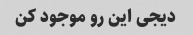
دیجی این رو موجود کن